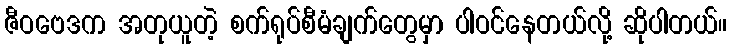
ဇီဝဗေဒက အတုယူတဲ့ စက်ရုပ်စီမံချက်တွေမှာ ပါဝင်နေတယ်လို့ ဆိုပါတယ်။